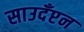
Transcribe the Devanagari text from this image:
साउदँप्टन